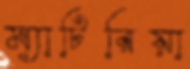
ম্যাটিরিয়া